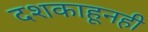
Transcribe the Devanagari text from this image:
दशकाहूनही